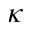
\kappa